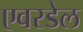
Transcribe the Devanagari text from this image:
एवरडेल